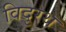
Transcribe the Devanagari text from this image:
विदुरथ